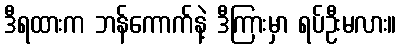
ဒီရထားက ဘန်ကောက်နဲ့ ဒီကြားမှာ ရပ်ဦးမလား။